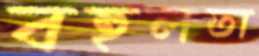
বহুলতা